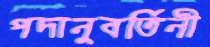
পদানুবর্তিনী